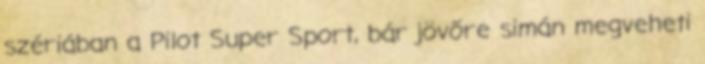
szériában a Pilot Super Sport, bár jövőre simán megveheti